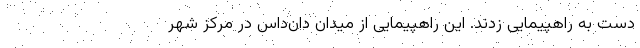
دست به راهپیمایی زدند. این راهپیمایی از میدان دان‌داس در مرکز شهر